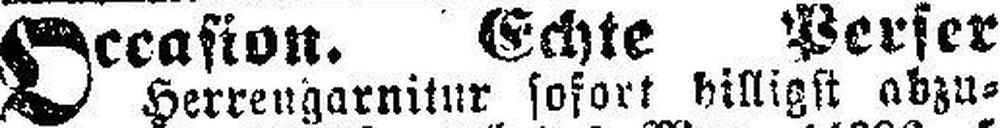
Occasion. Echte Perser